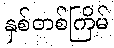
နှစ်တစ်ကြိမ်